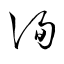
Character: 詢